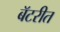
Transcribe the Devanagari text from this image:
बॅटरीत